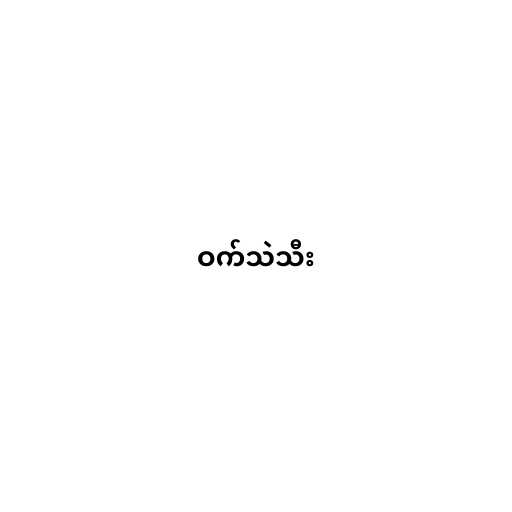
ဝက်သဲသီး